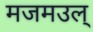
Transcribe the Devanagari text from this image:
मजमउल्